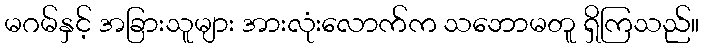
မဂမ်နှင့် အခြားသူများ အားလုံးလောက်က သဘောမတူ ရှိကြသည်။